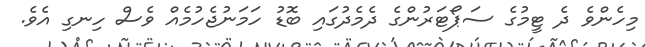
މިހެންވެ ދެ ޓީމުގެ ސަޕޯޓަރުންގެ ދެމެދުގައި ބޮޑު ހަމަނުޖެހުމެއް ވެސް ހިނގި އެވެ.